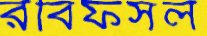
রবিফসল